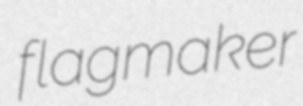
flagmaker